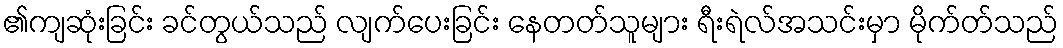
၏ကျဆုံးခြင်း ခင်တွယ်သည် လျက်ပေးခြင်း နေတတ်သူများ ရီးရဲလ်အသင်းမှာ မိုက်တ်သည်